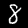
Label: 8